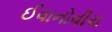
ઈવાનોવીચ